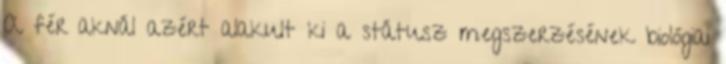
A férﬁaknál azért alakult ki a státusz megszerzésének biológiai